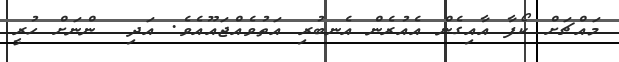
މައްޗަށް ކޯފާ އާއިގެން އެއުރެން އެނބުރި އަތުވެއްޖައޫއެވެ. އަދި  ންނަށް ހުރީ